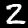
Digit: 2